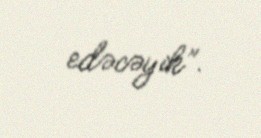
edəcəyik”.